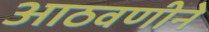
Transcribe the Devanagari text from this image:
आठवणीने